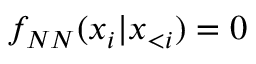
f _ { N N } ( x _ { i } | \boldsymbol x _ { < i } ) = 0